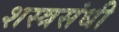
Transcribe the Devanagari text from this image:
शस्त्रसंधी